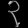
Digit: ၃